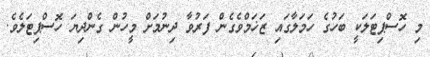
މި ހޮސްޕިޓަލަކީ ބަހުގެ ހަމަލާގައި ޒަޚަމްވެގެން ފަރުވާ ދިނުމަށް މީހުން ގެންދިޔަ ހޮސްޕިޓަލެވެ.